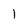
Character: l